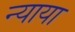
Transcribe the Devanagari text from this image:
न्याया